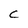
Character: C